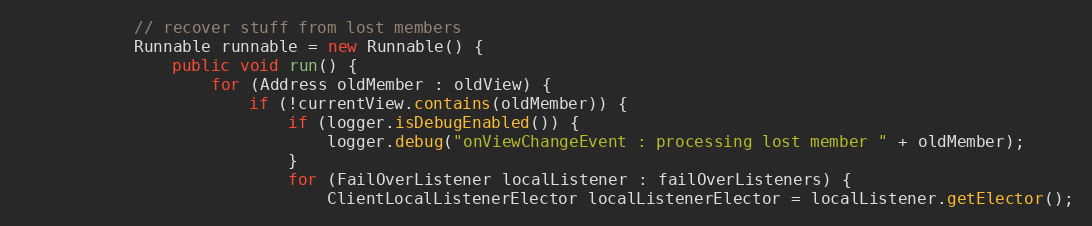
Language: Java
			// recover stuff from lost members
			Runnable runnable = new Runnable() {
				public void run() {
					for (Address oldMember : oldView) {
						if (!currentView.contains(oldMember)) {
							if (logger.isDebugEnabled()) {
								logger.debug("onViewChangeEvent : processing lost member " + oldMember);
							}
							for (FailOverListener localListener : failOverListeners) {
								ClientLocalListenerElector localListenerElector = localListener.getElector();